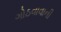
ગોઠવાવાની